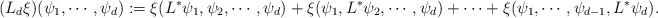
\begin{align*}(L_d\xi)(\psi_1,\cdots,\psi_d):=\xi(L^*\psi_1,\psi_2,\cdots,\psi_d)+\xi(\psi_1,L^*\psi_2,\cdots,\psi_d)+\cdots+\xi(\psi_1,\cdots,\psi_{d-1},L^*\psi_d).\end{align*}